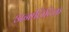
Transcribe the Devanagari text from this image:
अनालिटिक